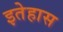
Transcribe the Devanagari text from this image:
इतेहास